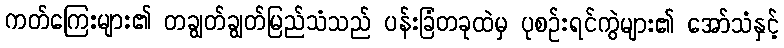
ကတ်ကြေးများ၏ တချွတ်ချွတ်မြည်သံသည် ပန်းခြံတခုထဲမှ ပုစဉ်းရင်ကွဲများ၏ အော်သံနှင့်